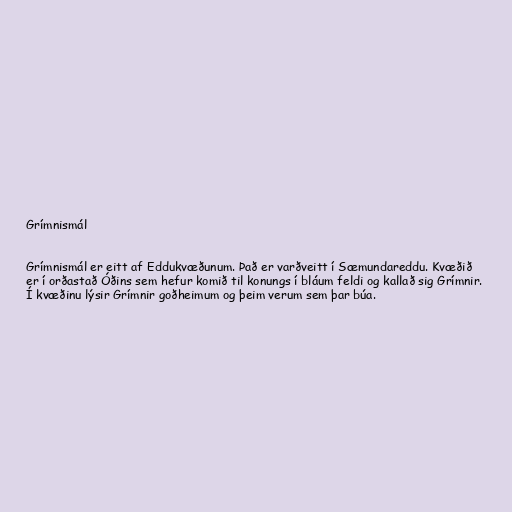
Grímnismál

Grímnismál er eitt af Eddukvæðunum. Það er varðveitt í Sæmundareddu. Kvæðið
er í orðastað Óðins sem hefur komið til konungs í bláum feldi og kallað sig Grímnir.
Í kvæðinu lýsir Grímnir goðheimum og þeim verum sem þar búa.